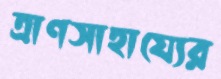
ত্রাণসাহায্যের